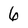
Character: 6